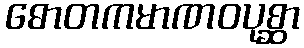
ဓောတကမာဏဝပုစ္ဆာ